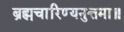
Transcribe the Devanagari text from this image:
ब्रह्मचारिण्यनुत्तमा॥